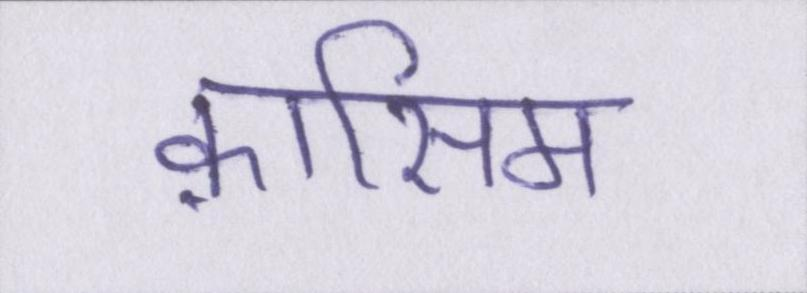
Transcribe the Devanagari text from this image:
क़ासिम